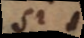
si in